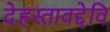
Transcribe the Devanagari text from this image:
देहस्तावद्देवि